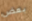
بعض